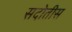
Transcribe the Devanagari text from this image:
सदोतीस